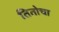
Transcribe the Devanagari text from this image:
तितोचा